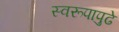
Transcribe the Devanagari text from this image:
स्वरूपापुढे